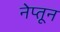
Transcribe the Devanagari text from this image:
नेप्तून